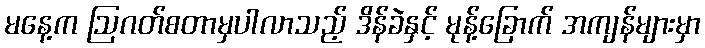
မနေ့က ဩဂတ်စတာမှပါလာသည့် ဒိန်ခဲနှင့် မုန့်ခြောက် အကျန်များမှာ